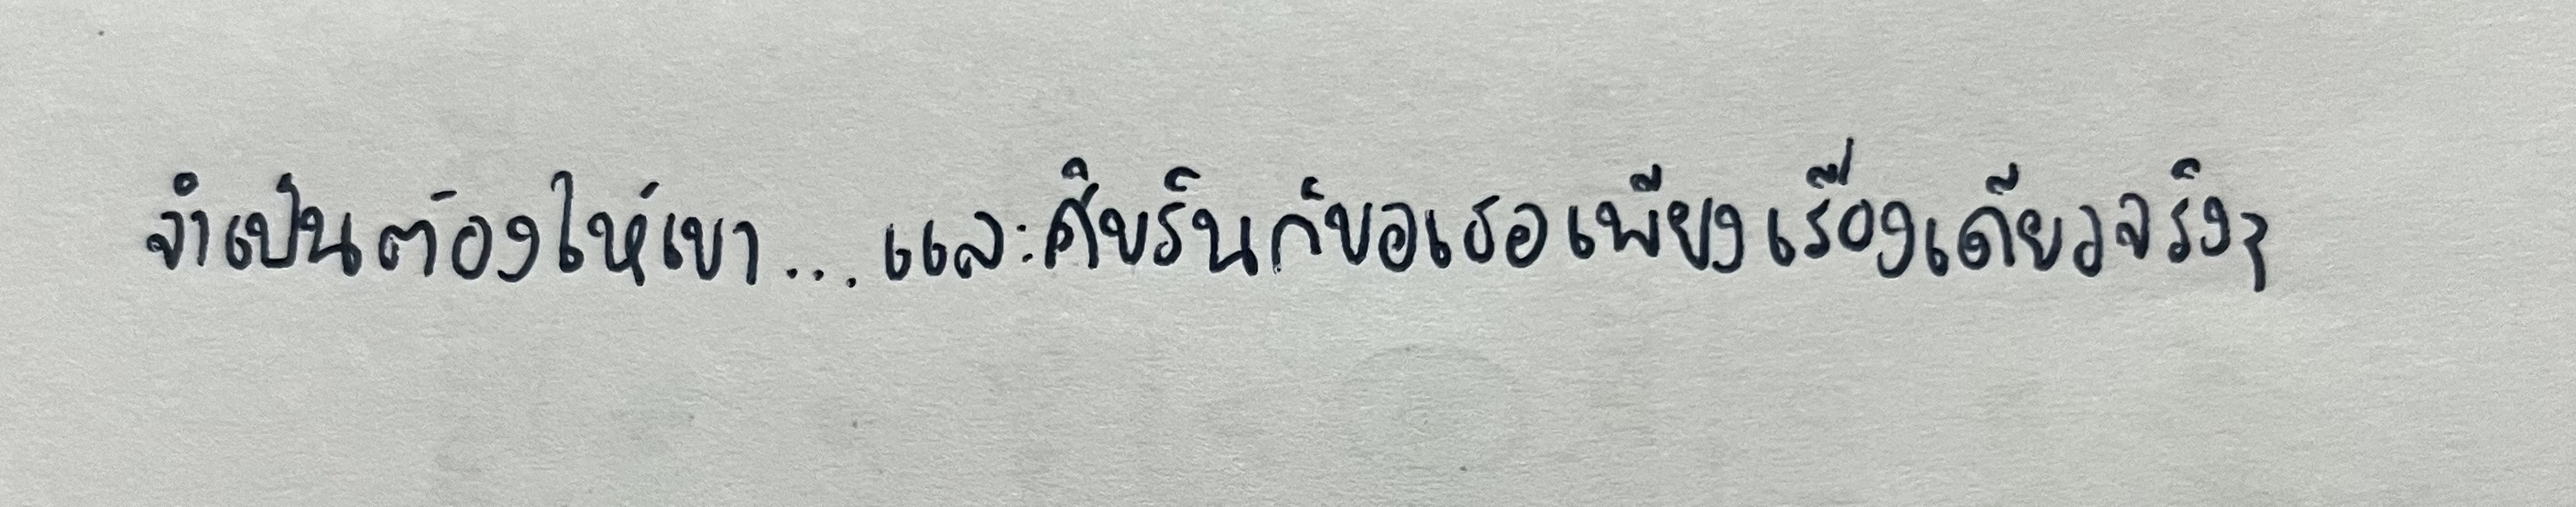
จำเป็นต้องให้เขา...และศิขรินก็ขอเธอเพียงเรื่องเดียวจริงๆ